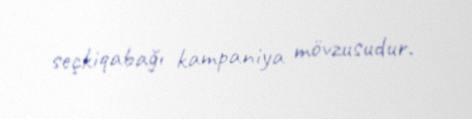
seçkiqabağı kampaniya mövzusudur.